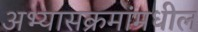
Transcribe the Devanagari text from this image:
अभ्यासक्रमांमधील